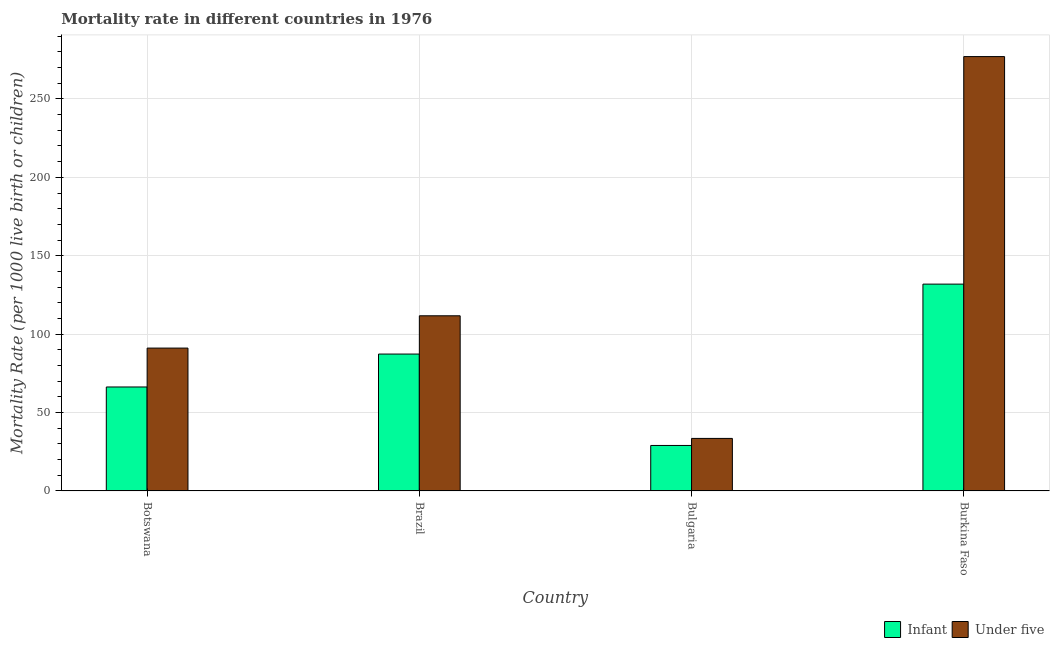
| Country | Infant | Under five |
 | --- | --- | --- |
 | Botswana | 66.3 | 91.1 |
 | Brazil | 87.3 | 112 |
 | Bulgaria | 29 | 33.5 |
 | Burkina Faso | 132 | 277 |